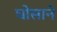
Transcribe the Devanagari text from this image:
घोसाने